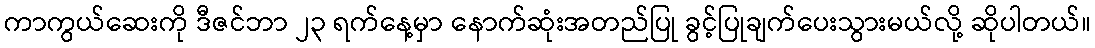
ကာကွယ်ဆေးကို ဒီဇင်ဘာ ၂၃ ရက်နေ့မှာ နောက်ဆုံးအတည်ပြု ခွင့်ပြုချက်ပေးသွားမယ်လို့ ဆိုပါတယ်။